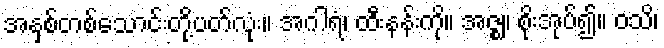
အနှစ်တစ်သောင်းတို့ပတ်လုံး။ အဂါရံ၊ ထီးနန်းကို။ အဇ္ဈ၊ စိုးအုပ်၍။ ဝသိ၊